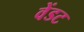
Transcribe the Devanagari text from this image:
वेंडट